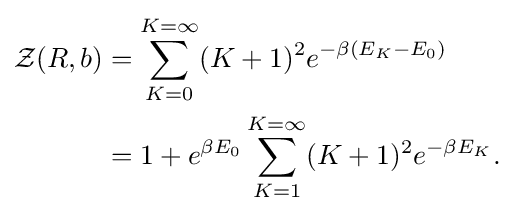
{\begin{aligned}{\mathcal {Z}}(R,b)&=\sum _{K=0}^{K=\infty }(K+1)^{2}e^{-\beta \left(E_{K}-E_{0}\right)}\\&=1+e^{\beta E_{0}}\sum _{K=1}^{K=\infty }(K+1)^{2}e^{-\beta E_{K}}.\end{aligned}}